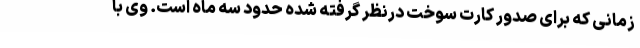
زمانی که برای صدور کارت سوخت درنظر گرفته شده حدود سه ماه است. وی با